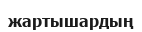
жартышардың